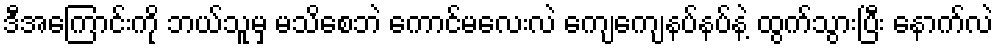
ဒီအကြောင်းကို ဘယ်သူမှ မသိစေဘဲ ကောင်မလေးလဲ ကျေကျေနပ်နပ်နဲ့ ထွက်သွားပြီး နောက်လဲ